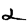
Digit: 2